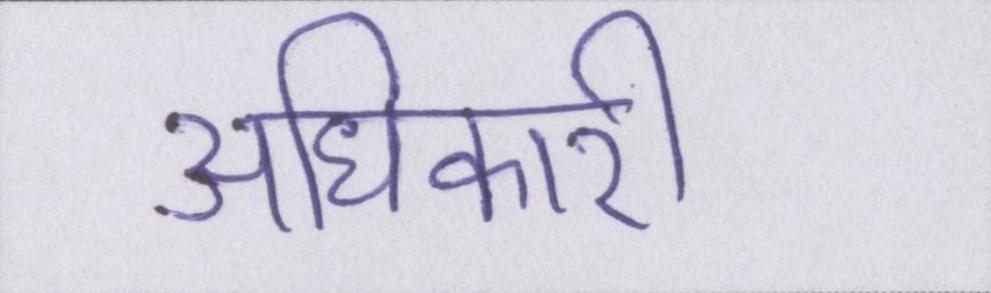
अधिकारी